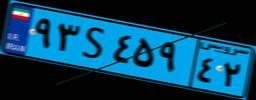
۳۱S۵۸۶۶۱